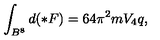
\int _ { B ^ { 8 } } d ( \ast F ) = 6 4 \pi ^ { 2 } m V _ { 4 } q ,